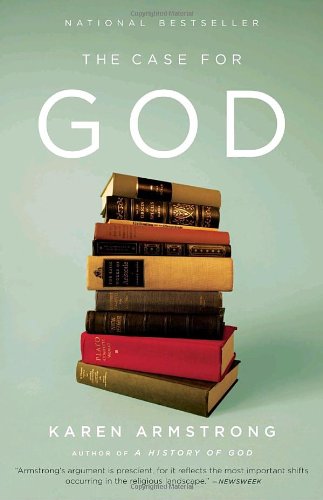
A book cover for The Case for God; Karen Armstrong; Politics & Social Sciences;